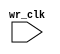
module async_fifo #(
    parameter DATA_WIDTH = 4,
    parameter FIFO_DEPTH = 16,
    parameter FIFO_AFULL = FIFO_DEPTH-1,
    parameter FIFO_AEMPTY = 1
    )(
    input wr_clk
    );

endmodule